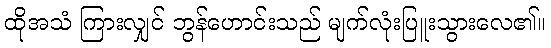
ထိုအသံ ကြားလျှင် ဘွန်ဟောင်းသည် မျက်လုံးပြူးသွားလေ၏။